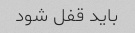
باید قفل شود